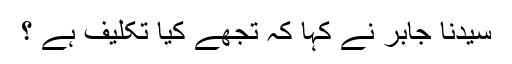
سیدنا جابرؓ نے کہا کہ تجھے کیا تکلیف ہے ؟